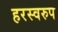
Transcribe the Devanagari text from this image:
हरस्वरुप